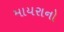
માયરાનો